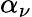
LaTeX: \alpha_{\nu}